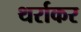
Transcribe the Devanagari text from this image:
थर्राकर